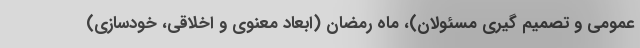
عمومی و تصمیم گیری مسئولان)، ماه رمضان (ابعاد معنوی و اخلاقی، خودسازی)